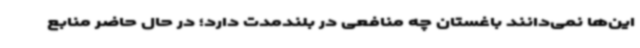
این‌ها نمی‌دانند باغستان چه منافعی در بلندمدت دارد؛ در حال حاضر منابع